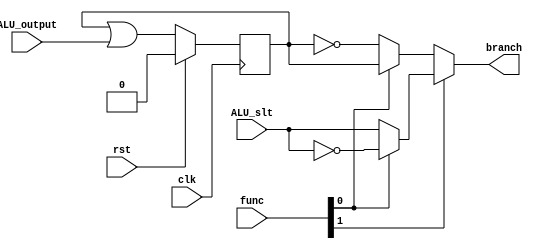
`timescale 1ns / 1ps
//////////////////////////////////////////////////////////////////////////////////
// Company: 
// Engineer: 
// 
// Design Name: 
// Module Name: BRU
// Project Name: 
// Target Devices: 
// Tool Versions: 
// Description: 
// 
// Dependencies: 
// 
// Revision:
// Revision 0.01 - File Created
// Additional Comments:
// 
//////////////////////////////////////////////////////////////////////////////////
// Use ALU SLT function for BLT and BGE (inverse of SLTU)
// Use ALU SLTU function for BLTU and BGEU (inverse of SLTU)
// Use ALU SUB function for BEQ and BNE (SUB results in NOT 0)

module BRU(
    input [1:0] func, // Made of bits 2 to 0 of func3 of Branch instruction
    input       ALU_slt,
    input       ALU_output,
    input       rst,
    input       clk,
    output      branch
    );

// Register to store if values are not equal
reg neq;

// BEQ output inverse of not equal register
// BNE just output not equal register
// BLT[U] just pass through the ALU slt/sltu output
// BGE[U] pass inverse of ALU slt/sltu output
assign branch = func[1] ? (func[0] ? ~ALU_slt : ALU_slt) : (func[0] ? neq : ~neq);

// At each clock edge take OR of not equal register and ALU sum output (output
// will be from a subtraction operation)
// If there a single 1 in the output bitstream of the SUB op then the values are
// not equal
// and the register will capture this
always @(posedge clk)
begin
    if (rst) neq <= 1'b0;
    else neq <= neq | ALU_output;
end
    
endmodule